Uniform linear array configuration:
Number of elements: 8
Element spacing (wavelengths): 0.75
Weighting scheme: kaiser
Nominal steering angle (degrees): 0
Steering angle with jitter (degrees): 0.7803
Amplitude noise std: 0.05
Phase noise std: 0.05

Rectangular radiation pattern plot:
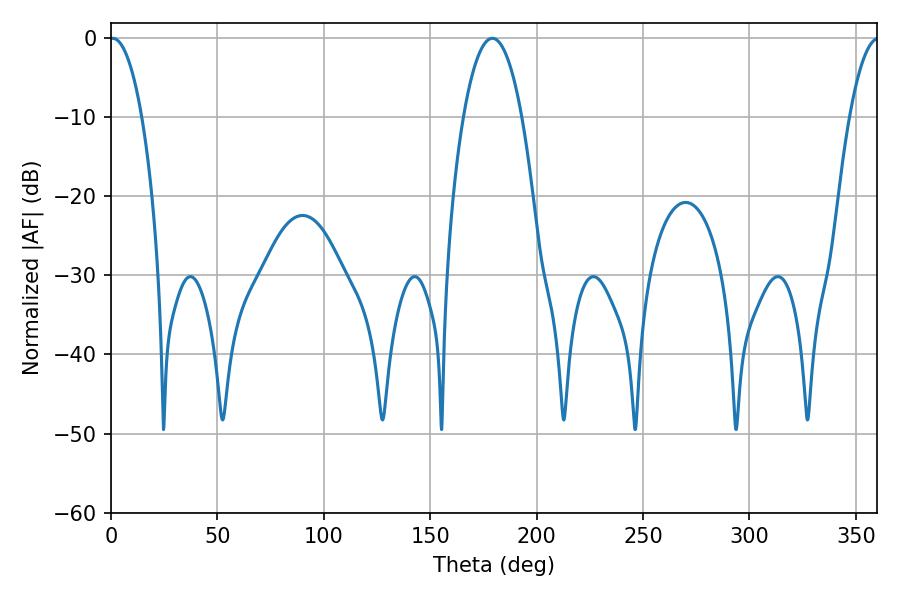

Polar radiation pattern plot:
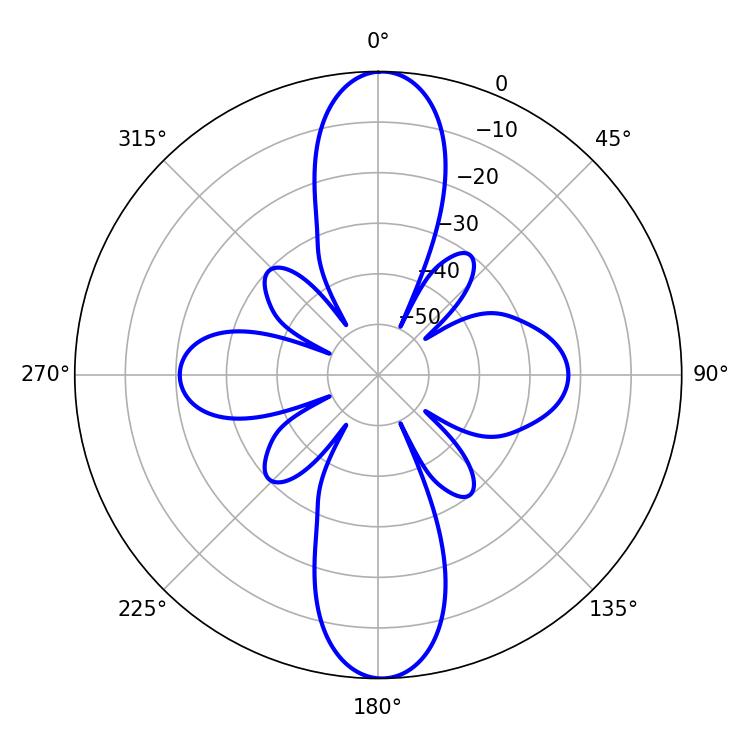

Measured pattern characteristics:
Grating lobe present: TRUE
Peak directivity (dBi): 24.755
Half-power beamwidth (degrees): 8.46
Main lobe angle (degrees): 0.72